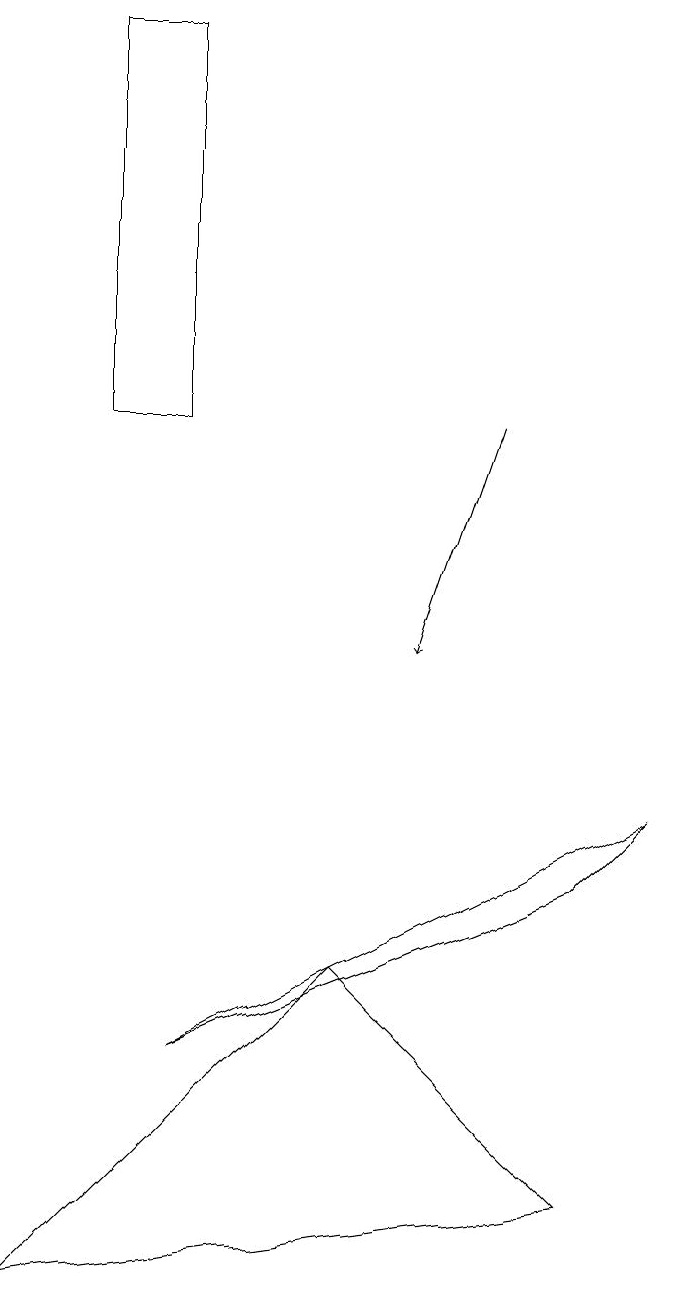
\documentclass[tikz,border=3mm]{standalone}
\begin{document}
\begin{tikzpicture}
\draw (9,8) -- (3,5) -- (8,7) -- cycle;
\draw (8,3) -- (1,2) -- (5,6) -- cycle;
\draw[->] (7,13) -- (6,10);
\draw (3,13) rectangle (2,18);
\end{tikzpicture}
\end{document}